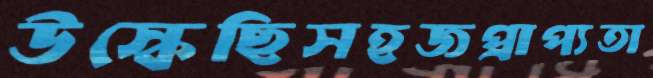
উস্‌কেছিসহজপ্রাপ্যতা